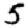
Digit: 5